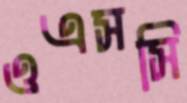
ওএসসি